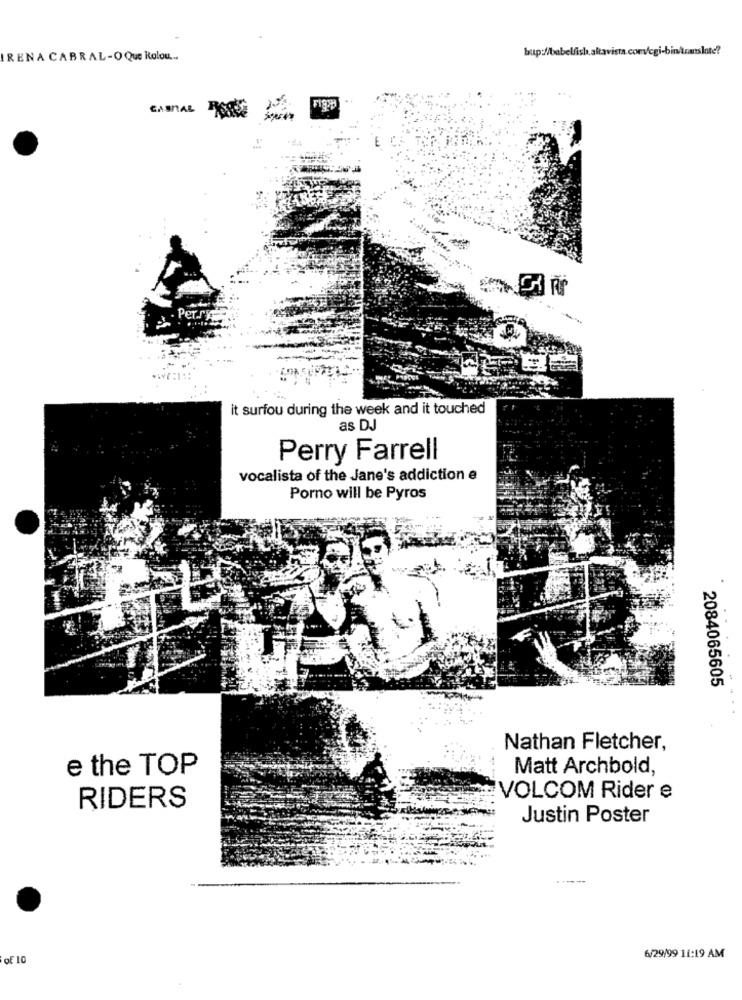
IRENA CABRAL-O Que Rolou ...
FISH
CABAL POSSA
Per.ry
...
it surfou during the week and it touched
as DJ
Perry Farrell
vocalista of the Jane's addiction e
Porno will be Pyros
2084065605
Nathan Fletcher,
e the TOP
Matt Archbold,
RIDERS
VOLCOM Rider e
Justin Poster
of 1
6/29/99 11:19 AM